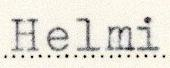
Helmi